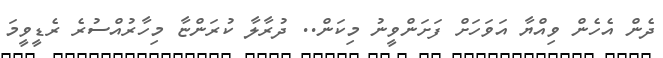
ދެން އެހެން ވިއްޔާ އަވަހަށް ފަށަންވީނު މިކަން.. ދުރާލާ ކުރަންޏާ މިހާރުއްސުރެ ރެޑީވީމަ